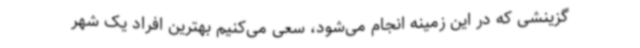
گزینشی که در این زمینه انجام می‌شود، سعی می‌کنیم بهترین افراد یک شهر